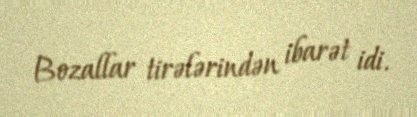
Bozallar tirələrindən ibarət idi.